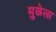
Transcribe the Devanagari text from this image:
मुळेला